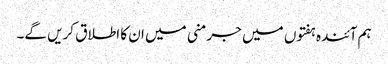
ہم آئندہ ہفتوں میں جرمنی میں ان کا اطلاق کریں گے۔